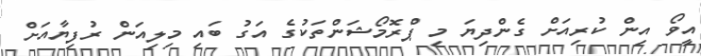
އީވޯ އިން ކުރިއަށް ގެންދިޔަ މި ޕްރޮމޯޝަންތަކުގެ އަގު ބައި މިލިއަން ރުފިޔާއަށް